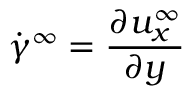
\dot { \gamma } ^ { \infty } = \frac { \partial { u _ { x } ^ { \infty } } } { \partial y }